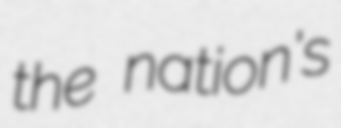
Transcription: the nation's